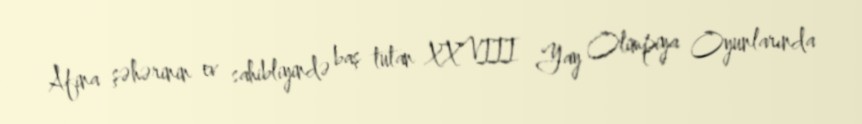
Afina şəhərinin ev sahibliyində baş tutan XXVIII Yay Olimpiya Oyunlarında